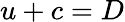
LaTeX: u+c=D